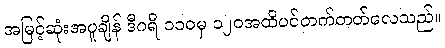
အမြင့်ဆုံးအပူချိန် ဒီဂရီ ၁၁၀မှ ၁၂၀အထိပင်တက်တတ်လေသည်။